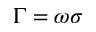
\Gamma = \omega \sigma